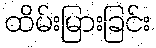
ထိမ်းမြားခြင်း